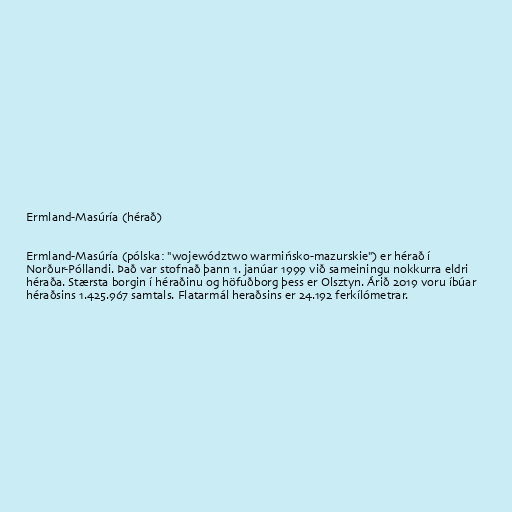
Ermland-Masúría (hérað)

Ermland-Masúría (pólska: "województwo warmińsko-mazurskie") er hérað í
Norður-Póllandi. Það var stofnað þann 1. janúar 1999 við sameiningu nokkurra eldri
héraða. Stærsta borgin í héraðinu og höfuðborg þess er Olsztyn. Árið 2019 voru íbúar
héraðsins 1.425.967 samtals. Flatarmál heraðsins er 24.192 ferkílómetrar.